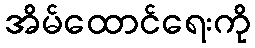
အိမ်ထောင်ရေးကို